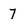
Character: 7